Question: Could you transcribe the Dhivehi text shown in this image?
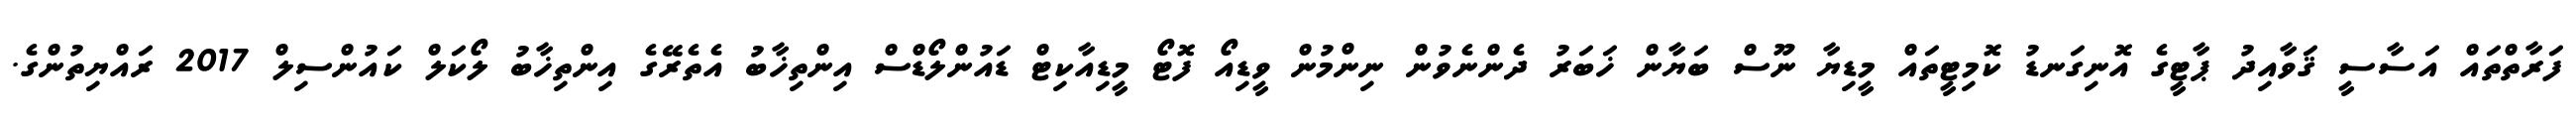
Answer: ފަރާތްތައް އަސާސީ ޤަވާއިދު ޕާޓީގެ އޮނިގަނޑު ކޮމިޓީތައް މީޑިޔާ ނޫސް ބަޔާން ޚަބަރު ދެންނެވުން ނިންމުން ވީޑިއޯ ފޮޓޯ މީޑިއާކިޓް ޑައުންލޯޑްސް އިންތިޚާބު އެތެރޭގެ އިންތިޚާބު ލޯކަލް ކައުންސިލް 2017 ރައްޔިތުންގެ.